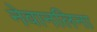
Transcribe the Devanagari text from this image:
नेवानलिना